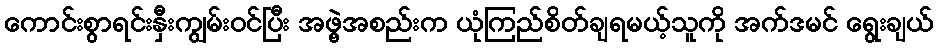
ကောင်းစွာရင်းနှီးကျွမ်းဝင်ပြီး အဖွဲ့အစည်းက ယုံကြည်စိတ်ချရမယ့်သူကို အက်ဒမင် ရွေးချယ်